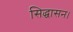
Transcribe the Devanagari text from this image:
सिद्धासन।